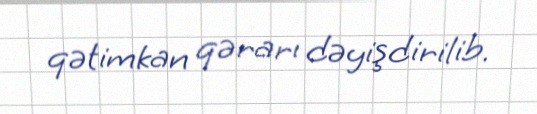
qətimkan qərarı dəyişdirilib.